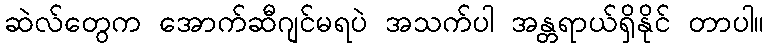
ဆဲလ်တွေက အောက်ဆီဂျင်မရပဲ အသက်ပါ အန္တရာယ်ရှိနိုင် တာပါ။